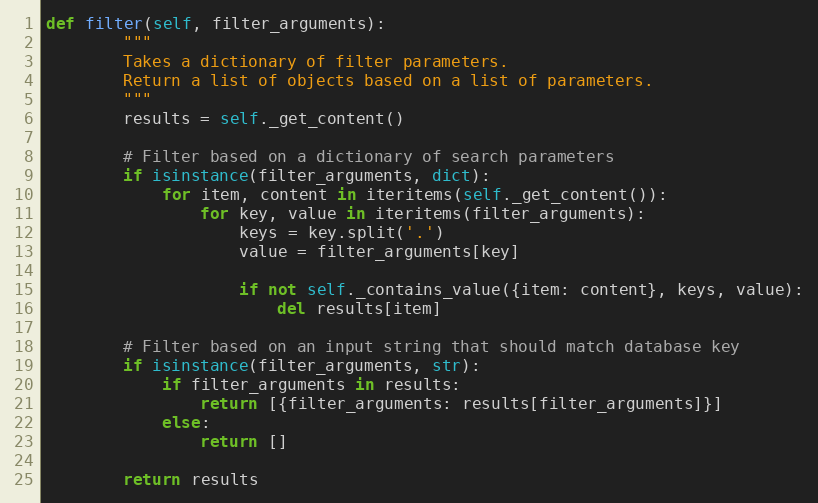
Language: Python
def filter(self, filter_arguments):
        """
        Takes a dictionary of filter parameters.
        Return a list of objects based on a list of parameters.
        """
        results = self._get_content()

        # Filter based on a dictionary of search parameters
        if isinstance(filter_arguments, dict):
            for item, content in iteritems(self._get_content()):
                for key, value in iteritems(filter_arguments):
                    keys = key.split('.')
                    value = filter_arguments[key]

                    if not self._contains_value({item: content}, keys, value):
                        del results[item]

        # Filter based on an input string that should match database key
        if isinstance(filter_arguments, str):
            if filter_arguments in results:
                return [{filter_arguments: results[filter_arguments]}]
            else:
                return []

        return results